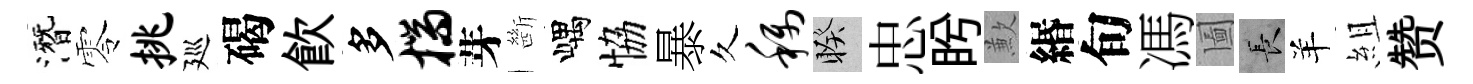
潛零挑廵碣飮多揣芽㫁嵎恊暴久称睽忠盻歉緡旬馮圗长羊組赞